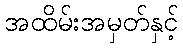
အထိမ်းအမှတ်နှင့်